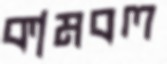
কামবল